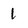
Character: 1